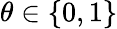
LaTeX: \theta\in\{ 0,1\}